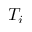
T _ { i }